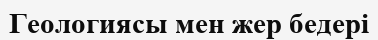
Геологиясы мен жер бедері